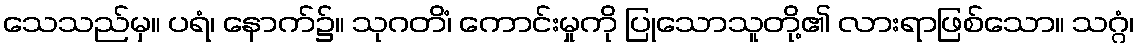
သေသည်မှ။ ပရံ၊ နောက်၌။ သုဂတိံ၊ ကောင်းမှုကို ပြုသောသူတို့၏ လားရာဖြစ်သော။ သဂ္ဂံ၊